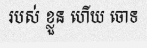
របស់ ខ្លួន ហើយ ចោទ